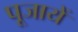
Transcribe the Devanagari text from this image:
पूजायें